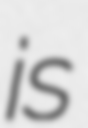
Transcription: is